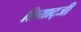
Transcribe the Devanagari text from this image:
शियाट्जी